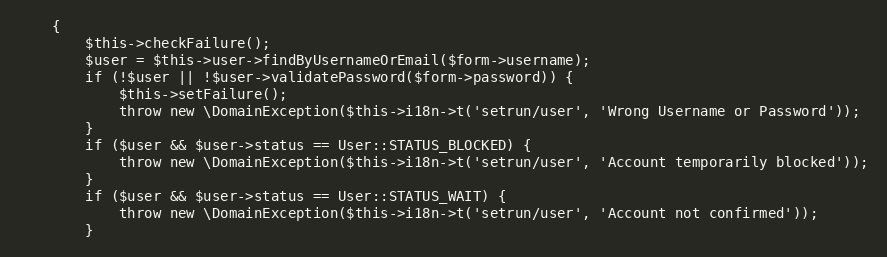
Language: PHP
    {
        $this->checkFailure();
        $user = $this->user->findByUsernameOrEmail($form->username);
        if (!$user || !$user->validatePassword($form->password)) {
            $this->setFailure();
            throw new \DomainException($this->i18n->t('setrun/user', 'Wrong Username or Password'));
        }
        if ($user && $user->status == User::STATUS_BLOCKED) {
            throw new \DomainException($this->i18n->t('setrun/user', 'Account temporarily blocked'));
        }
        if ($user && $user->status == User::STATUS_WAIT) {
            throw new \DomainException($this->i18n->t('setrun/user', 'Account not confirmed'));
        }